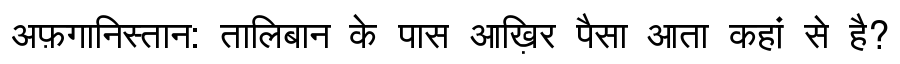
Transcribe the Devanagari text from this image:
अफ़गानिस्तान: तालिबान के पास आख़िर पैसा आता कहां से है?